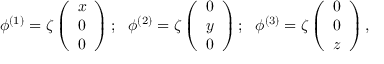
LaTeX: \phi ^ { ( 1 ) } = \zeta \left( \begin{array} { c } { { x } } \\ { { 0 } } \\ { { 0 } } \end{array} \right) ; \ \ \phi ^ { ( 2 ) } = \zeta \left( \begin{array} { c } { { 0 } } \\ { { y } } \\ { { 0 } } \end{array} \right) ; \ \ \phi ^ { ( 3 ) } = \zeta \left( \begin{array} { c } { { 0 } } \\ { { 0 } } \\ { { z } } \end{array} \right) ,